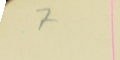
7